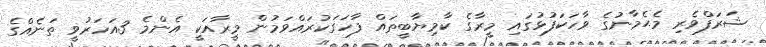
ޝަރަފްވެރި މެޙެމާނުގެ ވާހަކަފުޅުގައި މީރާގެ ކާމިޔާބީތައް ފާހަގަކުރައްވަމުން މީރާއަކީ އެންމެ 3އަހަރުވީ ތަނެއްގެ